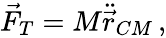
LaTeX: \begin{array}{r}{\vec{F}_{T}=M\ddot{\vec{r}}_{CM}\, ,}\end{array}